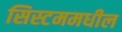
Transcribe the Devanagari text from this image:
सिस्टममधील